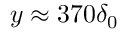
y \approx 3 7 0 \delta _ { 0 }